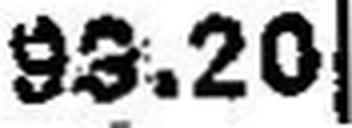
98.20